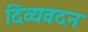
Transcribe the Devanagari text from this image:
दिव्यवदन